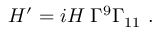
H ^ { \prime } = i H \; \Gamma ^ { 9 } \Gamma _ { 1 1 } \ .